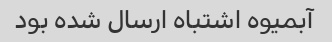
آبمیوه اشتباه ارسال شده بود